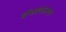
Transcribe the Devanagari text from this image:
वंध्यकरण